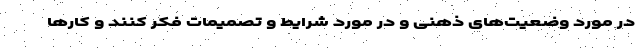
در مورد وضعیت‌های ذهنی و در مورد شرایط و تصمیمات فکر کنند و کارها